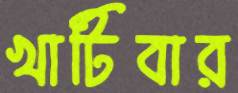
খাটিবার